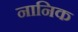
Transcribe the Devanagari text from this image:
नानिक